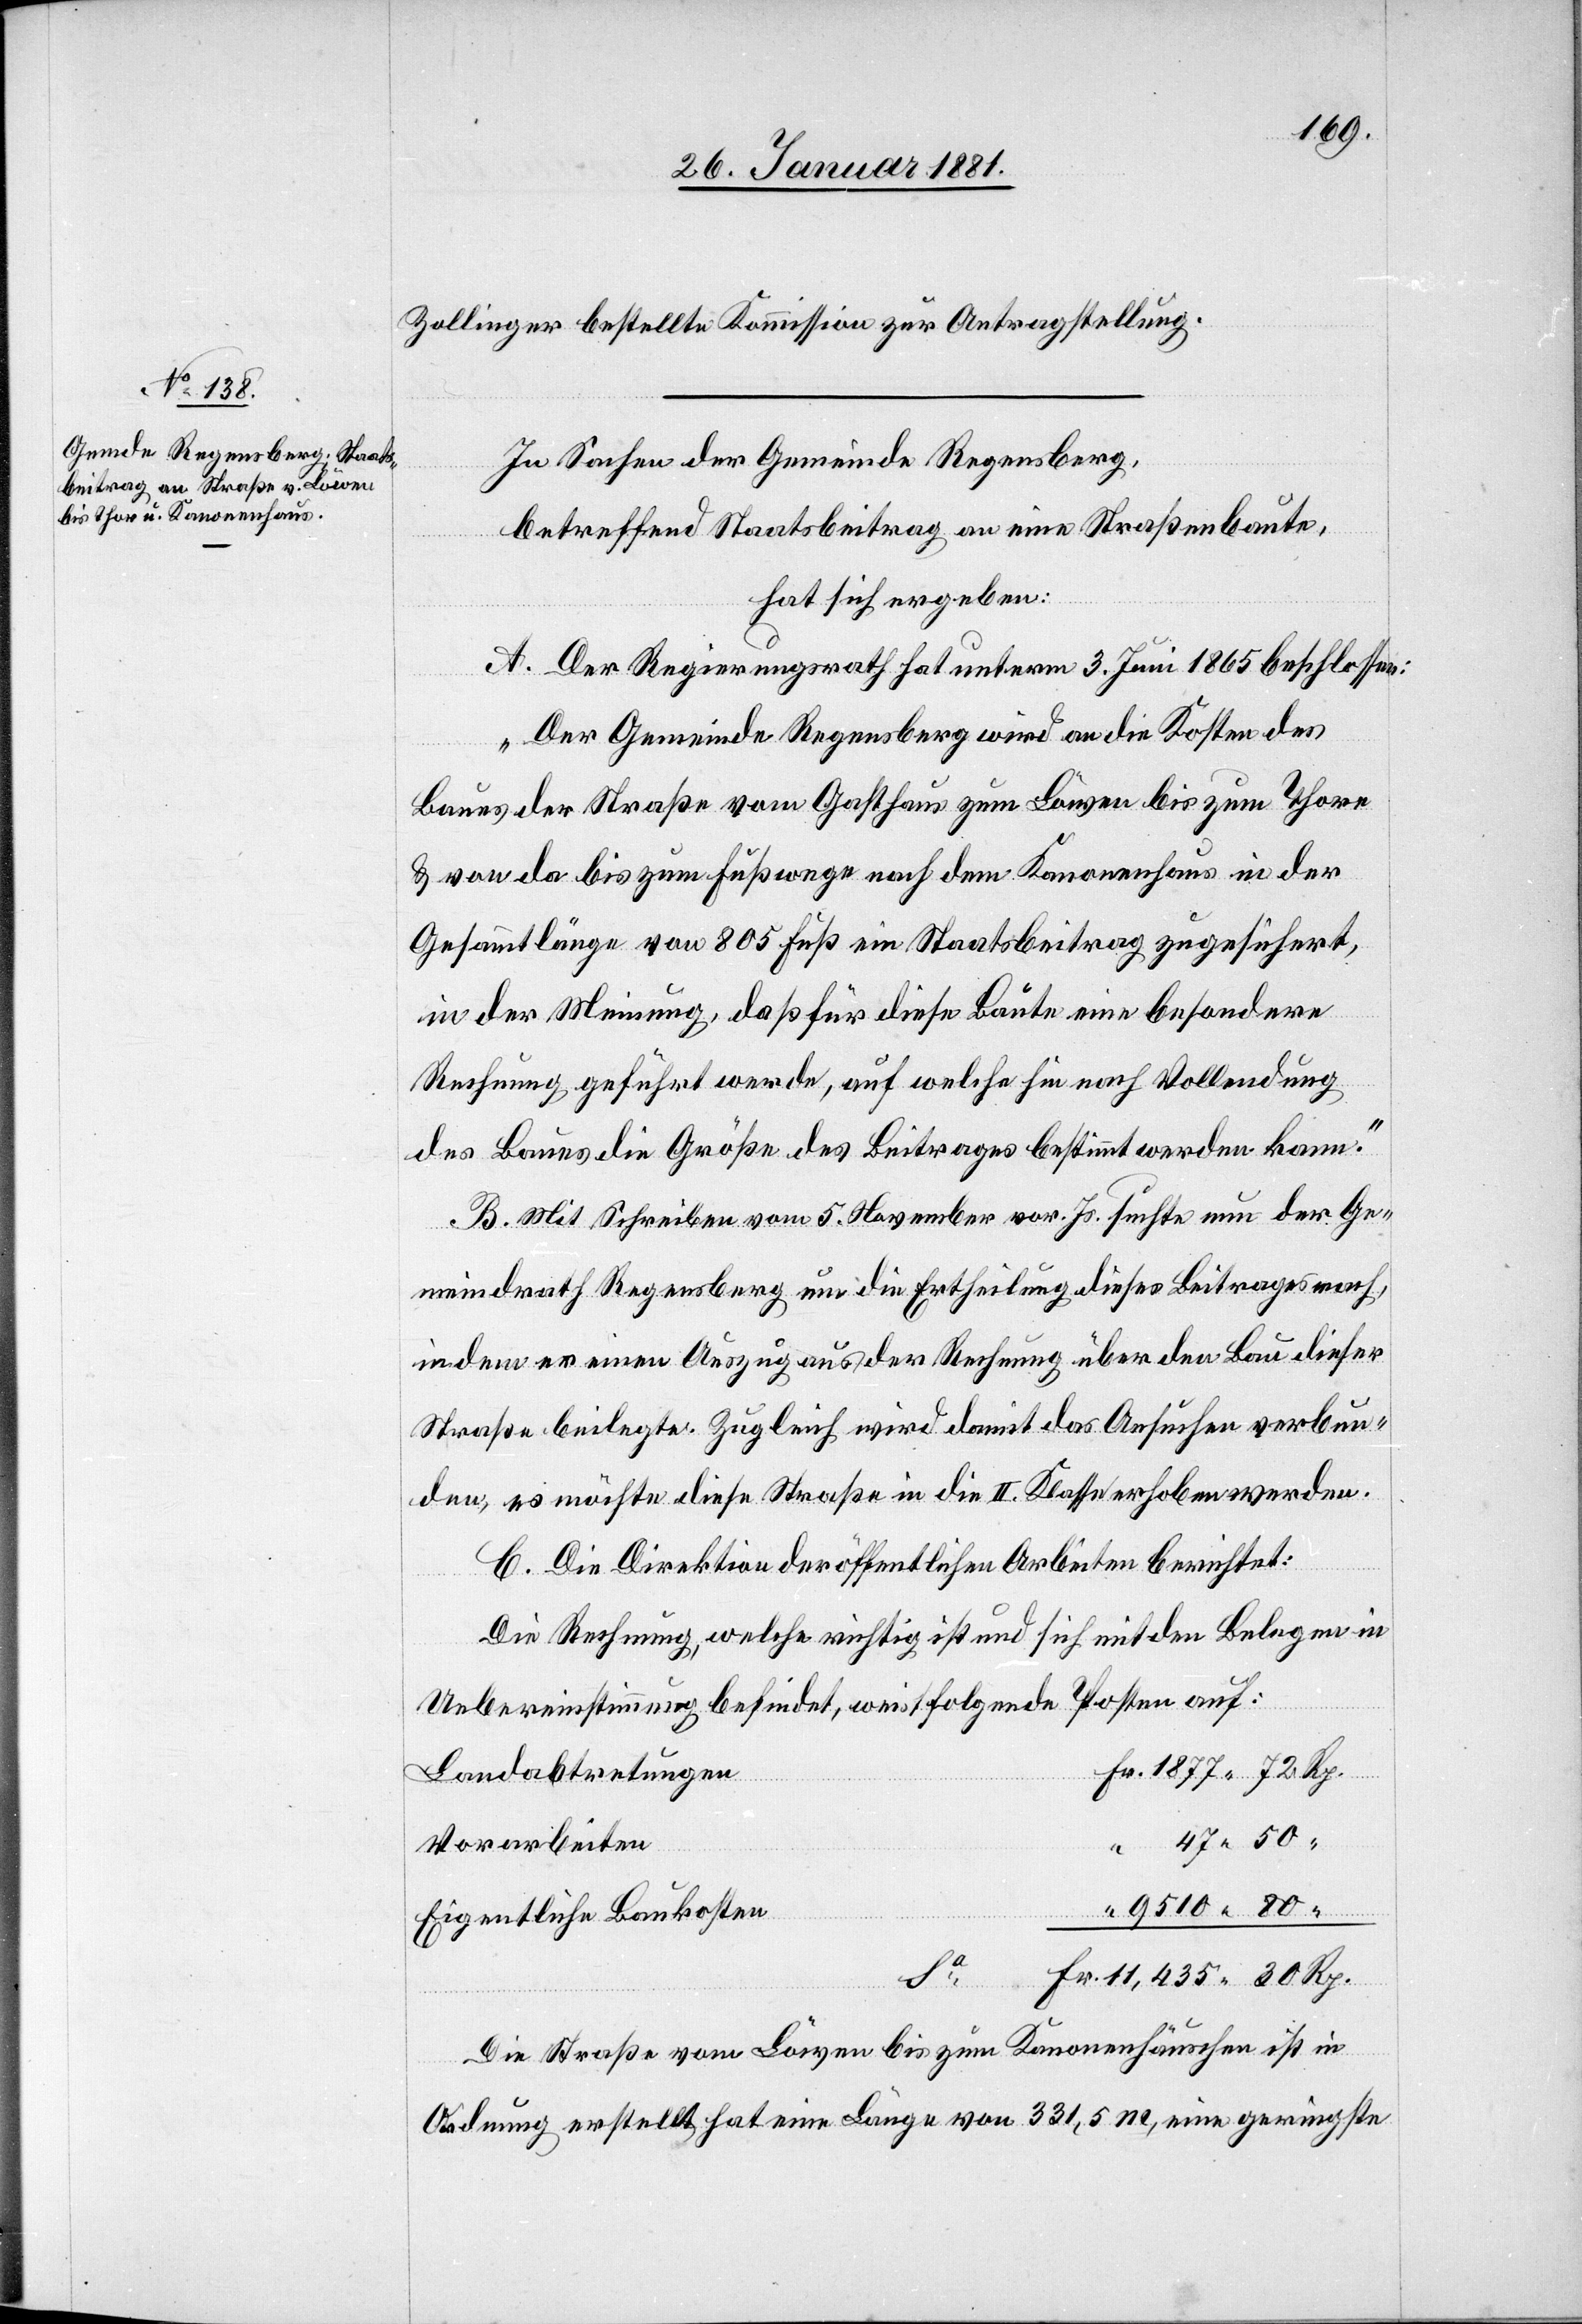
Zollinger bestellte Kommission zur Antragstellung.
In Sachen der Gemeinde Regensberg,
betreffend Staatsbeitrag an eine Straßenbaute,
hat sich ergeben:
A. Der Regierungsrath hat unterm 3. Juni 1865 beschlossen:
„Der Gemeinde Regensberg wird an die Kosten des
Baues der Straße vom Gasthaus zum Löwen bis zum Thore
& von da bis zum Fußwege nach dem Kanonenhaus in der
Gesammtlänge von 805 Fuß ein Staatsbeitrag zugesichert,
in der Meinung, daß für diese Baute eine besondere
Rechnung geführt werde, auf welche hin nach Vollendung
des Baues die Größe des Beitrages bestimmt werden kann.“
B. Mit Schreiben vom 5. November vor. Js. suchte nun der Ge¬
meindrath Regensberg um die Ertheilung dieses Beitrages nach,
in dem er einen Auszug aus der Rechnung über den Bau dieser
Straße beilegte. Zugleich wird damit das Ansuchen verbun¬
den, es möchte diese Straße in die II. Klasse erhoben werden.
C. Die Direktion der öffentlichen Arbeiten berichtet:
Die Rechnung, welche richtig ist und sich mit den Belegen in
Uebereinstimmung befindet, weist folgende Posten auf:
“
Landabtretungen
Vorarbeiten
9510 80
“
Eigentliche Baukosten
Rp.
Die Straße vom Löwen bis zum Kanonenhäuschen ist in
Ordnung erstellt, hat eine Länge von 331,5 m, eine geringste